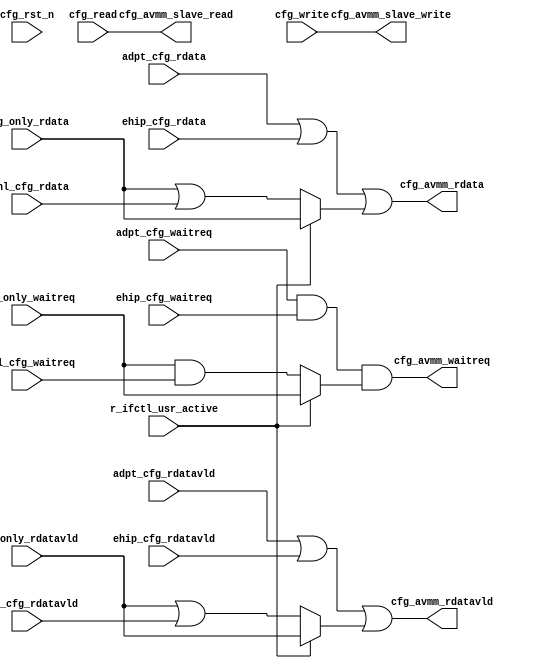
// SPDX-License-Identifier: Apache-2.0
// Copyright (C) 2019 Intel Corporation. 
module c3aibadapt_cfg_rdmux (
  // Output
  output reg  [31:0]  cfg_avmm_rdata,
  output reg          cfg_avmm_rdatavld,
  output reg          cfg_avmm_waitreq,
  output reg          cfg_avmm_slave_read,
  output reg          cfg_avmm_slave_write,

  // Input
  input  wire         cfg_write,
  input  wire         cfg_read,
  input  wire         cfg_rst_n,
  input  wire         r_ifctl_usr_active,
  input  wire [31:0]  chnl_cfg_rdata,
  input  wire         chnl_cfg_rdatavld,
  input  wire         chnl_cfg_waitreq,
  input  wire [31:0]  cfg_only_rdata,
  input  wire         cfg_only_rdatavld,
  input  wire         cfg_only_waitreq,
  input  wire [31:0]  ehip_cfg_rdata,
  input  wire         ehip_cfg_rdatavld,
  input  wire         ehip_cfg_waitreq,
  input  wire [31:0]  adpt_cfg_rdata,
  input  wire         adpt_cfg_rdatavld,
  input  wire         adpt_cfg_waitreq
);

// In config mode (r_ifctl_usr_active = 0), CRSSM can 
// r_ifctl_usr_active is asserted when User has control of AVMM interface.
// r_ifctl_usr_active affects channel-related signals. CRSSM can only access
// config-only space when r_ifctl_usr_active is asserted.
// In this case, CRSSM can only access Config-only space
always @(*) begin
  cfg_avmm_waitreq  = adpt_cfg_waitreq  & ehip_cfg_waitreq  & (r_ifctl_usr_active ? cfg_only_waitreq  : (cfg_only_waitreq  & chnl_cfg_waitreq));
  cfg_avmm_rdatavld = adpt_cfg_rdatavld | ehip_cfg_rdatavld | (r_ifctl_usr_active ? cfg_only_rdatavld : (cfg_only_rdatavld | chnl_cfg_rdatavld));
  cfg_avmm_rdata    = adpt_cfg_rdata    | ehip_cfg_rdata    | (r_ifctl_usr_active ? cfg_only_rdata    : (cfg_only_rdata    | chnl_cfg_rdata));
end

// Scenario1: 
// Assert: one_hot(chnl_cfg_rdatavld, ehip_cfg_rdatavld, adpt_cfg_rdatavld);

// Scenario2:
// helper1 = (chnl_cfg_rdatavld!='0); helper2 =  (chnl_cfg_rdatavld!='0); helper3 =  (adpt_cfg_rdatavld != '0)
// Assert: one_hot (helper1, helper2, helper3);

always @(*) begin
  cfg_avmm_slave_write = cfg_write;
  cfg_avmm_slave_read  = cfg_read;
end

endmodule